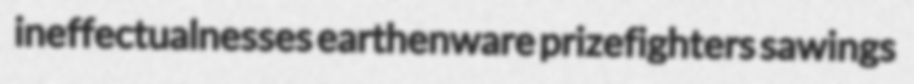
ineffectualnesses earthenware prizefighters sawings